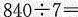
$$8 4 0 \div 7 =$$